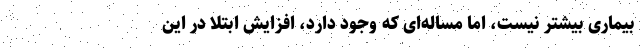
بیماری بیشتر نیست، اما مساله‌ای که وجود دارد، افزایش ابتلا در این